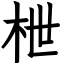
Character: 枻